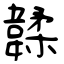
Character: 韖